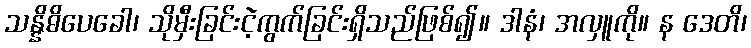
သန္နိဓိပေခေါ၊ သိုမှီးခြင်းငဲ့ကွက်ခြင်းရှိသည်ဖြစ်၍။ ဒါနံ၊ အလှူကို။ န ဒေတိ၊